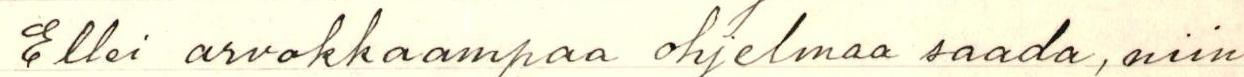
Ellei arvokkaampaa ohjelmaa saada, niin